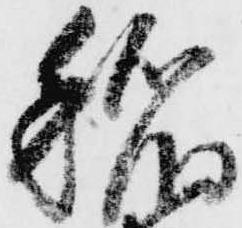
稲